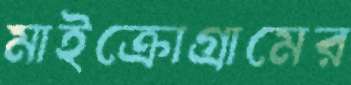
মাইক্রোগ্রামের